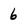
Character: 6